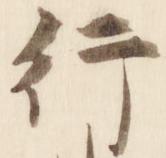
行